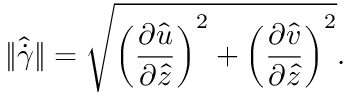
\Vert \hat { \dot { \gamma } } \Vert = \sqrt { \left( \frac { \partial \hat { u } } { \partial \hat { z } } \right) ^ { 2 } + \left( \frac { \partial \hat { v } } { \partial \hat { z } } \right) ^ { 2 } } .